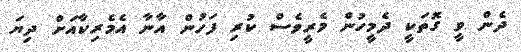
ދެން ވީ ގޮތަކީ ދެމީހުން މެރީވެސް ކުރި ފަހުން އާނާ އެމެރިކާއަށް ދިޔަ